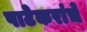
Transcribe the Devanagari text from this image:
पाटेकरांचे